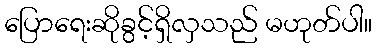
ပြောရေးဆိုခွင့်ရှိလှသည် မဟုတ်ပါ။